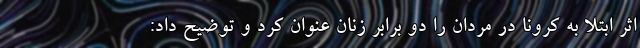
اثر ابتلا به کرونا در مردان را دو برابر زنان عنوان کرد و توضیح داد: